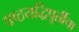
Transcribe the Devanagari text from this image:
षष्ठयद्धिपूर्तीचा